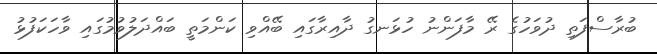
ބުރާސްފަތި ދުވަހުގެ ރޭ މާފަންނު ހުޅަނގު ދާއިރާގައި ބޭއްވި ކަންމަތީ ބައްދަލުވުމުގައި ވާހަކަފުޅު